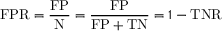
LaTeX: \mathrm { F P R } = { \frac { \mathrm { F P } } { \mathrm { N } } } = { \frac { \mathrm { F P } } { \mathrm { F P } + \mathrm { T N } } } = 1 - \mathrm { T N R }